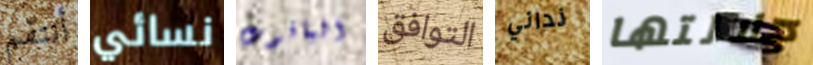
أنتقم نسائي الياقوت التوافق ندائي جلالتها